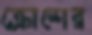
ক্রোশের